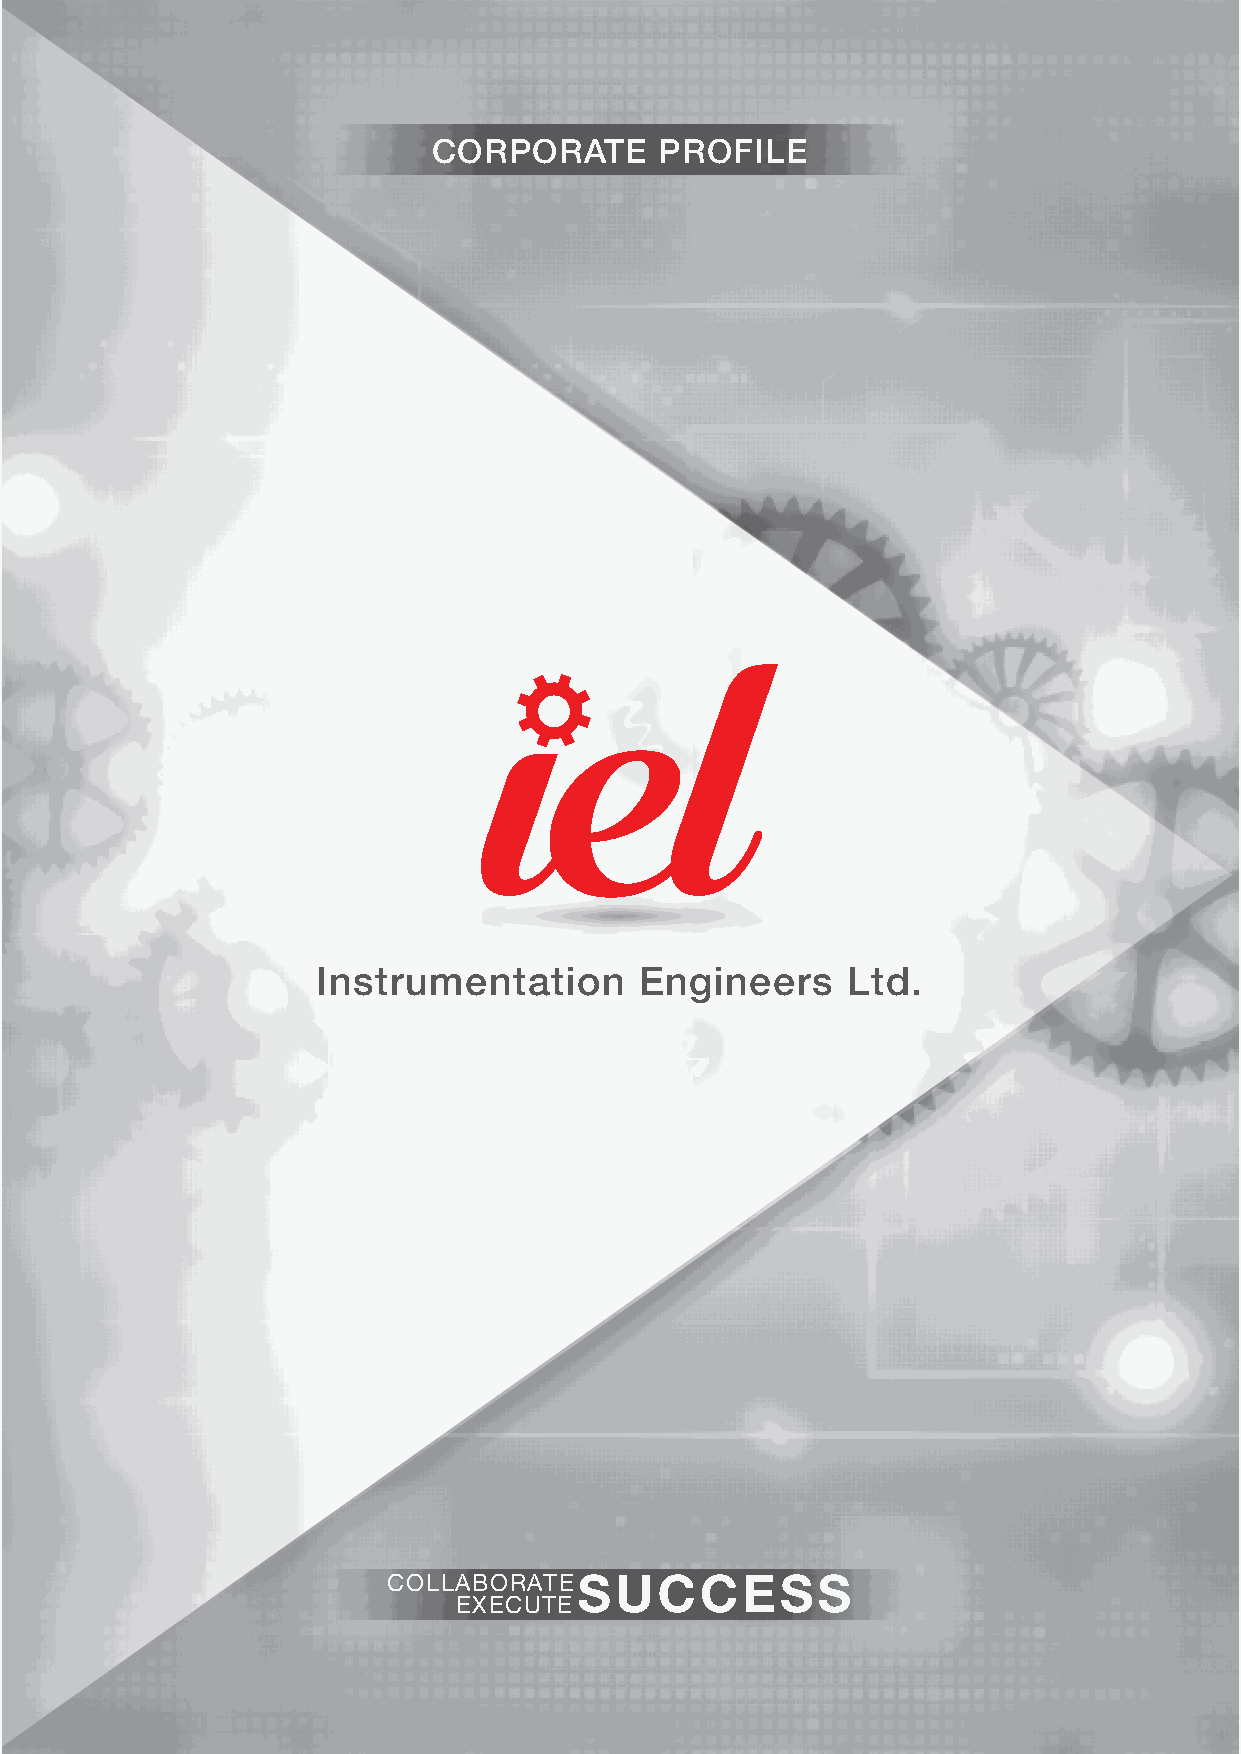
CORPORATE      PROFILE
 Instrumentation      Engineers     Ltd.
 C O L L A B O R A T E S U C C E S S
 E X E C U T E